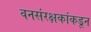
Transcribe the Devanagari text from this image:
वनसंरक्षकांकडून